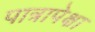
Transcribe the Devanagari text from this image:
पात्रापेक्षा